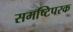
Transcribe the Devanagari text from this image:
समष्टिपरक